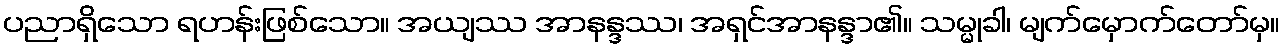
ပညာရှိသော ရဟန်းဖြစ်သော။ အယျဿ အာနန္ဒဿ၊ အရှင်အာနန္ဒာ၏။ သမ္မုခါ၊ မျက်မှောက်တော်မှ။